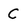
Character: C